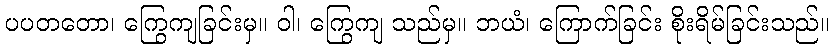
ပပတတော၊ ကြွေကျခြင်းမှ။ ဝါ၊ ကြွေကျ သည်မှ။ ဘယံ၊ ကြောက်ခြင်း စိုးရိမ်ခြင်းသည်။